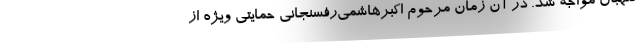
نگهبان مواجه شد. در آن زمان مرحوم اکبرهاشمی‌رفسنجانی حمایتی ویژه از